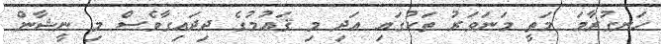
ހަނގުރާމަ މަތީ މަނަވަރު ތަކުގައި އަދި މި ޤައުމުގެ ދިދައިގާވެސް މި ނީޝާން